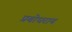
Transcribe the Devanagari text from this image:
प्रबोधराय